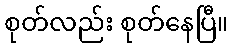
စုတ်လည်း စုတ်နေပြီ။